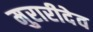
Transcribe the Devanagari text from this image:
मुरारीदेव